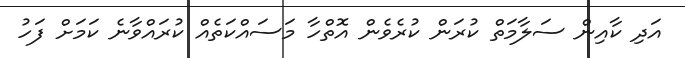
އަދި ކާއިން ސަލާމަތް ކުރަން ކުރެވެން އޮތްހާ މަސައްކަތެއް ކުރައްވާނެ ކަމަށް ފަހު